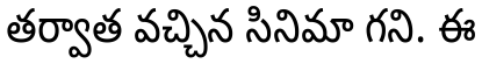
తర్వాత వచ్చిన సినిమా గని. ఈ